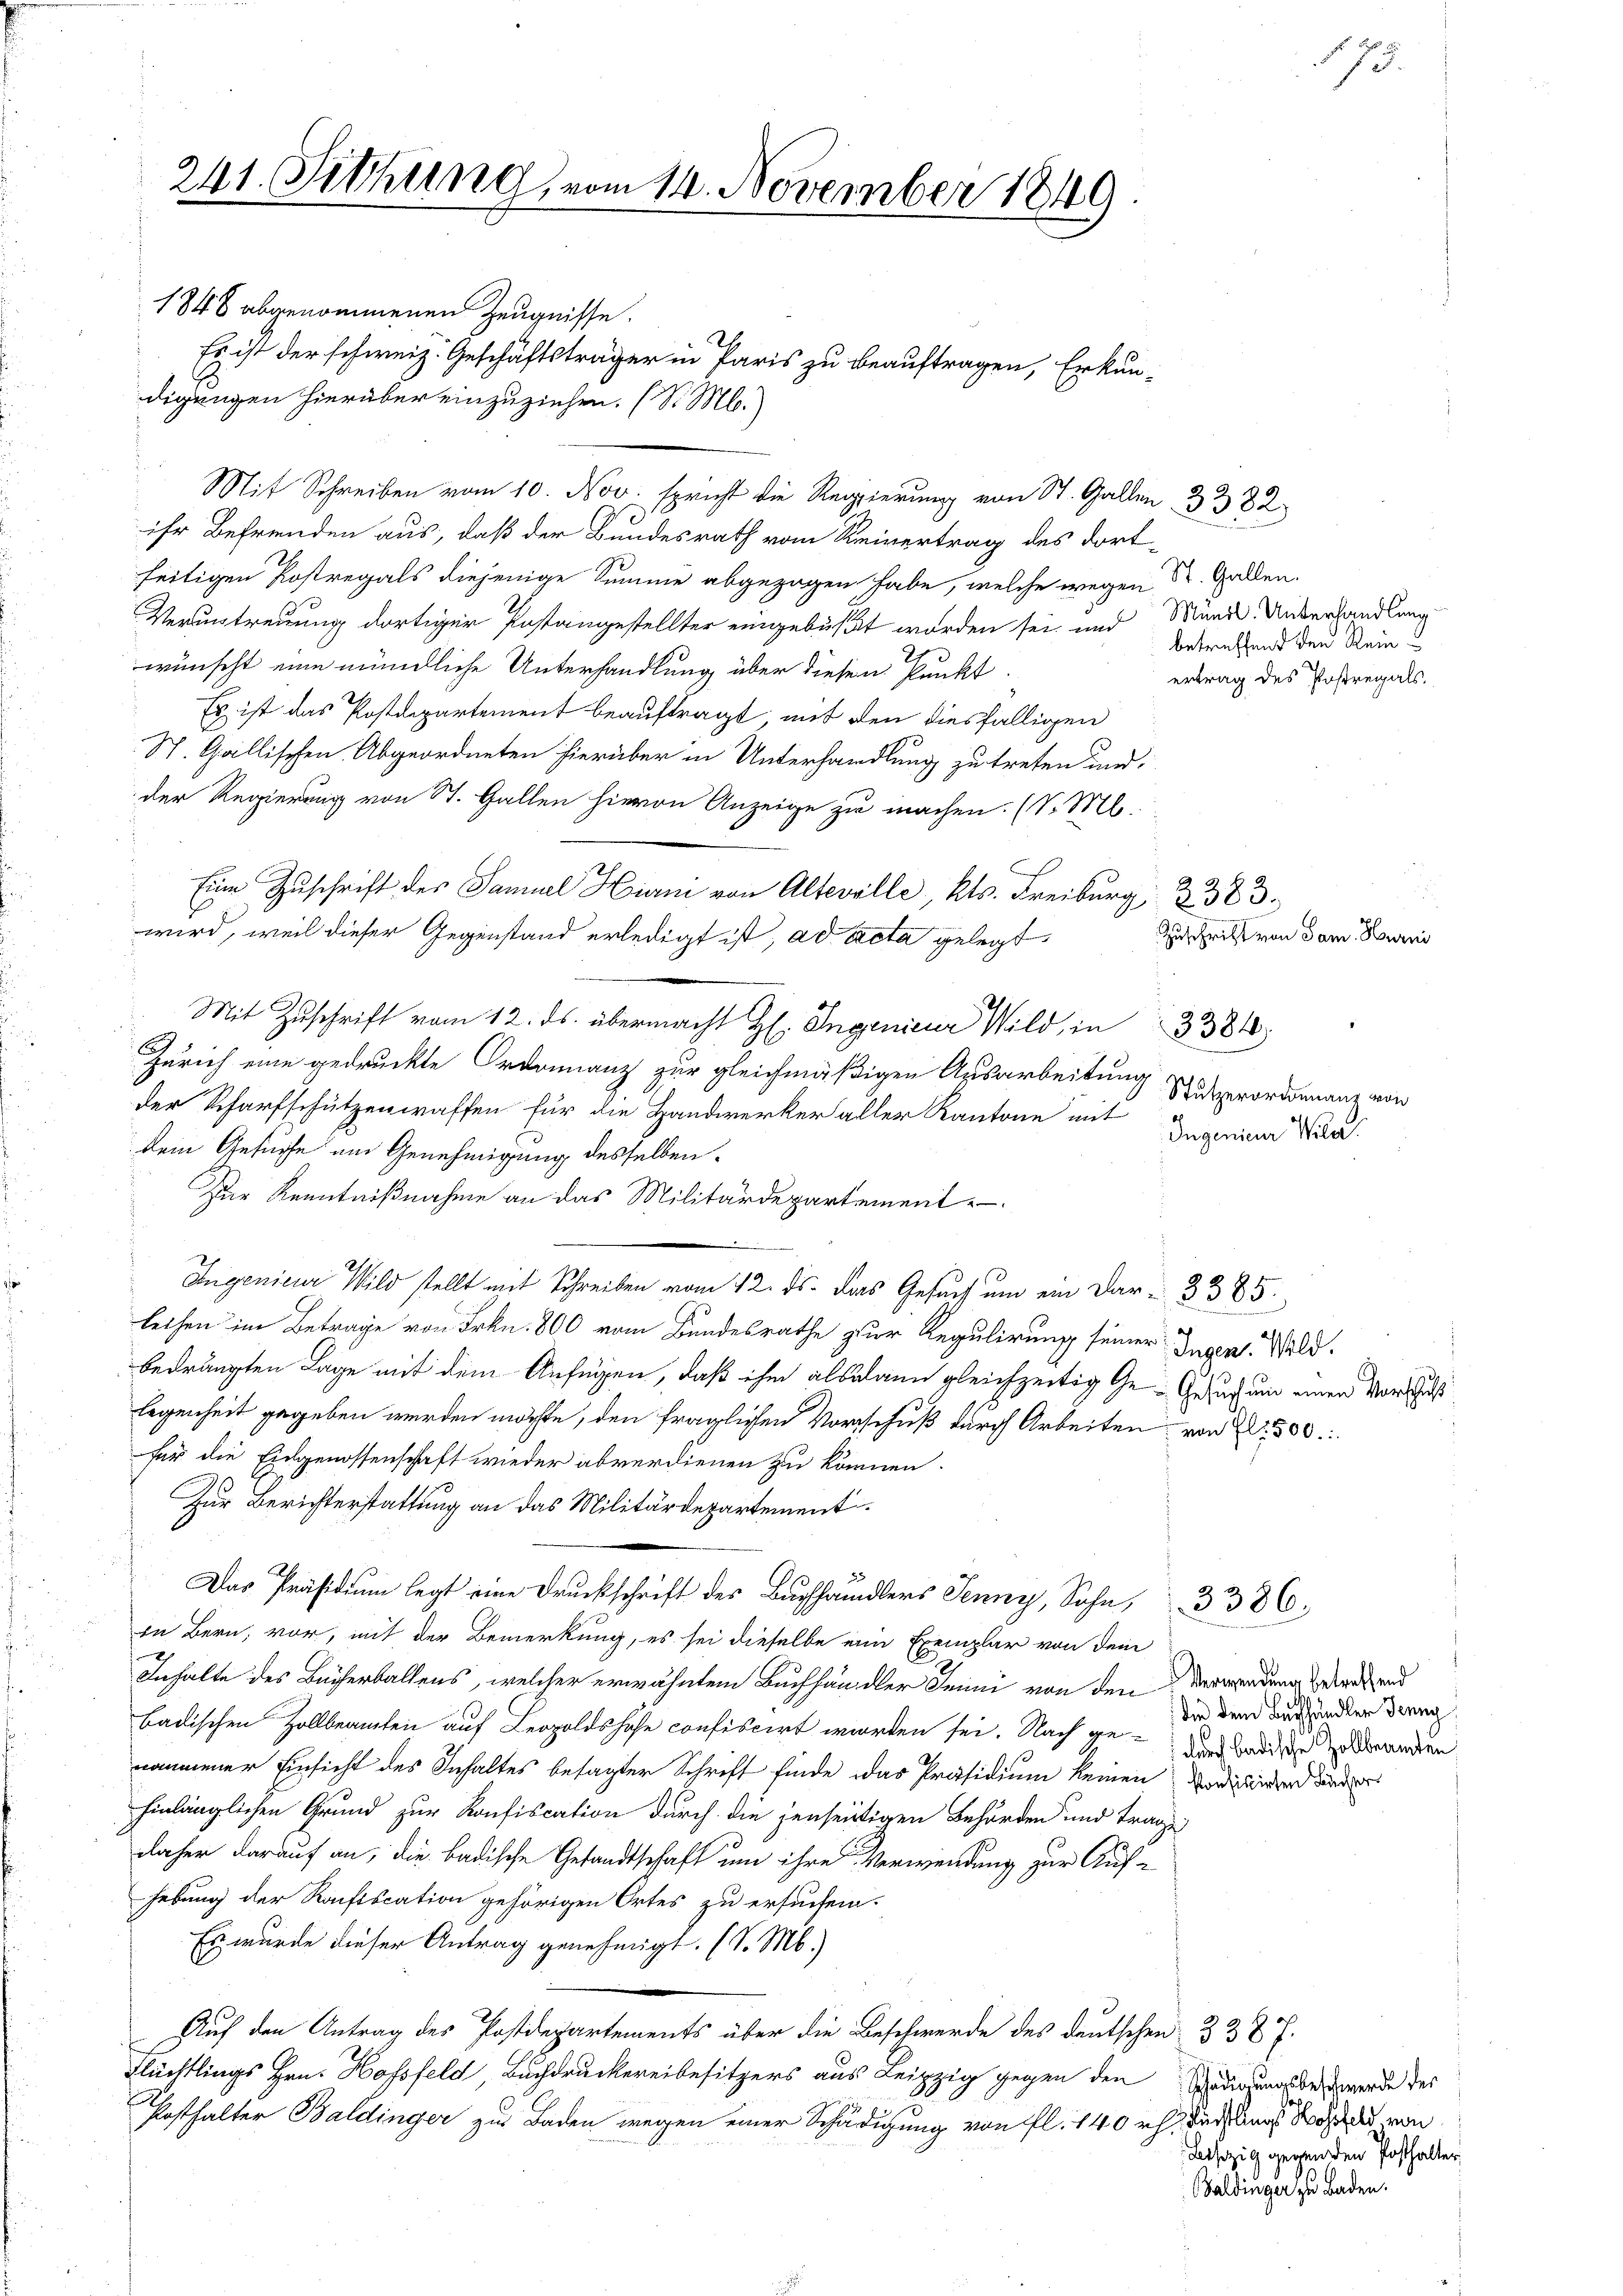
1848 abgenommenen Zeugnisse.
Es ist der schweiz. Geschäftsträger in Paris zu beauftragen, Erkun-
digungen hierüber einzuziehen. (S. M.
Mit Schreiben vom 10. Nov. spricht die Regierung von St. Gallen 3382
ihr Befreuden aus, daß der Bundesrath vom Reinertrag des dortseitigen Kostregals diejenige Summe abgezogen habe, welche wegen St. Gallen.
Veruntreuung dortiger Postanzestellter eingebüßt worden sei und Münde Unterhandlung
wünscht eine mündliche Unterhandlung über diesen Punkt
Es ist das Postdepartement beauftragt, mit den diesfälligen
St. Gallischen Abgeordneten hierüber in Unterhandlung zu treten und
der Regierung von St. Gallen hievon Anzeige zu machen. (v. M.
Eine Zuschrift des Samuel Hiani von Alteville, Kts. Freiburg, Z. 383.
wird, weil dieser Gegenstand erledigt ist, ad acta gelegt
Mit Zŭschrift vom 12. ds. übermacht H. Ingenieur Wild, in 3384
Zürich eine gedruckte Ordonnanz zur gleichmäßigen Ausarbeitung Susperordinanz von
der Scharfschützenwaffen für die Handwerker aller Kantone mit Invenia Vila
kein Gesuche am Genehmigung desselben
Zur Kenntnißnahme an das Militärdepartement
Ingenieur Wild stellt mit Schreiben vom 12. ds. Das Gesuch um ein Dar-3 385.
leihen im Betrage von Frkn. 800 vom Bundesrathe zur Regulirung seiner Ingen. Wildbedrängten Lage mit dem Anfügen, daß ihm alsdann gleichzeitig Ge- Gesuch und einen Vorschuß
legenheit gegeben werden möchte, den fraglichen Vorschuß durch Arbeiten von 1500.
für die Eidgenossenschaft wieder abverdienen zu können.
Zur Berichterstattung an das Militärdepartement
i
Das Präsidium legt eine Druckschrift des Buchhändlers Jenny, Sohn, 3386.
in Bern, vor, mit der Bemerkung, es sei dieselbe eine Exemplar von dem
Inhalte des Bücherballens, welcher erwähntem Buchhändler Smini von den Verwendung der und
die dem Buchhändler Jenny
badischen Zollbeamten auf Leopoldshofe confiscirt worden sei. Nach ge-Antradische anden
nommener Einsicht des Inhaltes besagter Schrift finde das Präsidium keinen Und wider ander
hinlänglichen Grund zur Konfiscation durch die jenseitigen Behörden und trage
daher darauf an, die badische Gesandtschaft um ihre Verwendung zur Auf-
hebung der Raification gehörigen Ortes zu ersuchen.
Es wurde dieser Antrag genehmigt. (v. M.)
Auf den Antrag des Postdepartements über die Beschwerde des deutschen 338 f.
Flüchtlings Hrn. Hofsfeld, Buchdruckereibesitzers aus Leipzig gegen den Schädigungsbewerde des
Posthalter Baldinger zur Baden wegen einer Schädigung von fl. 140 rt der Angst von
atszig gegen den Posthalter
Baldinger zu Baden.

241. Sitzung vom 14. November 1849

betreffend den Rein
ertrag des Postregals.

Zuschrift von Sam. Hurni

75.